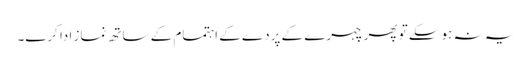
یہ نہ ہوسکے تو پھر چہرے کے پردے کے اہتمام کے ساتھ نماز ادا کرے۔